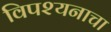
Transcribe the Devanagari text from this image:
विपश्यनाचा